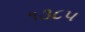
૧૩૮૫